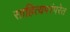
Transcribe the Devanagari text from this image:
साहित्यपरंपरेत